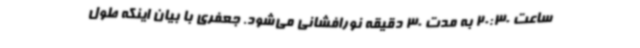
ساعت 20:30 به مدت 30 دقیقه نورافشانی می‌شود. جعفری با بیان اینکه طول